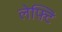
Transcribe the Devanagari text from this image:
लेफ़्टि